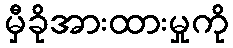
မှီခိုအားထားမှုကို